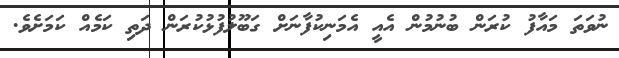
ނުވަތަ މައާފު ކުރަން ބުނުމުން އެއީ އެމަނިކުފާނަށް ގަބޫލުފުޅުކުރަން ދަތި ކަމެއް ކަމަށެވެ.